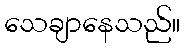
သေချာနေသည်။